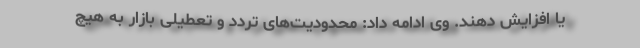
یا افزایش دهند. وی ادامه داد: محدودیت‌های تردد و تعطیلی بازار به هیچ